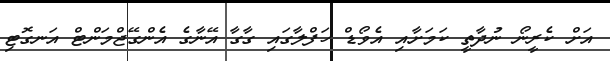
އަށް ކެރީނޯ ނުދާތީ ކަމަށާއި އެވޯޑް ހަފްލާގައި ގާގާ އޭނާގެ އެންގޭޖްމަންޓް އަނގޮޓި